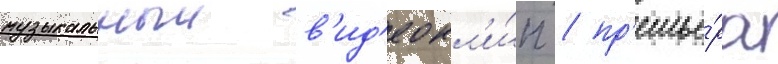
музыкальныи в'ид'еокл'и́п / пр'емье́ра